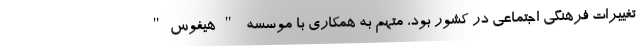
تغییرات فرهنگی اجتماعی در کشور بود، متهم به همکاری با موسسه "هیفوس"